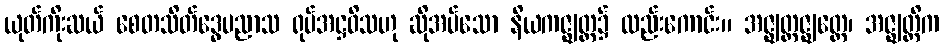
ယုတ်ကိုးဆယ် စေတသိတ်ဒွေပညာသ ရုပ်အဋ္ဌဝိသဟု ဆိုအပ်သော နိယကဇ္ဈတ္တ၌ လည်းကောင်း။ အဇ္ဈတ္တဇ္ဈတ္တေ၊ အဇ္ဈတ္တိက